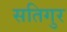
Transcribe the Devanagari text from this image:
सतिगुर